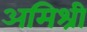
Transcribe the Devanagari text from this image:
अमिश्री